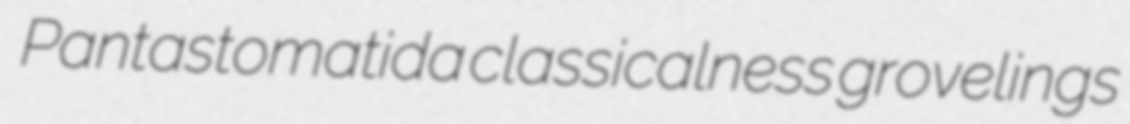
Pantastomatida classicalness grovelings